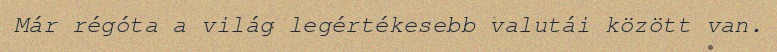
Már régóta a világ legértékesebb valutái között van.